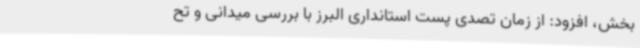
بخش، افزود: از زمان تصدی پست استانداری البرز با بررسی میدانی و تح